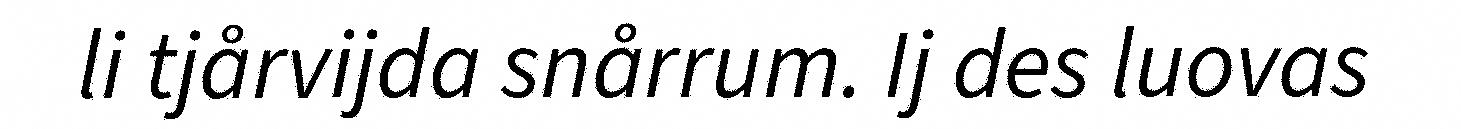
li tjårvijda snårrum. Ij des luovas